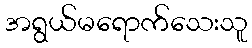
အရွယ်မရောက်သေးသူ